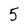
Character: 5